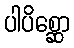
ပါပိစ္ဆော